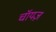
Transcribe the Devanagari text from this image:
चॉयज़